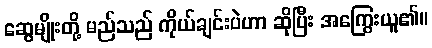
ဆွေမျိုးတို့ မည်သည် ကိုယ်ချင်းပဲဟာ ဆိုပြီး အကြွေးယူ၏။